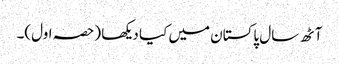
آٹھ سال پاکستان میں کیا دیکھا (حصہ اول)۔